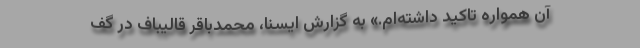
آن همواره تاکید داشته‌ام.» به گزارش ایسنا، محمدباقر قالیباف در گف